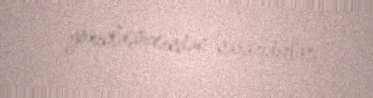
yaxınlaşmasından narazıdırlar.